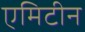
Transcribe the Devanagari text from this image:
एमिटीन